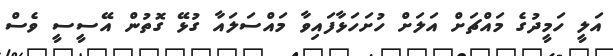
އަލީ ހަމީދުގެ މައްޗަށް އަލަށް ހުށަހަޅާފައިވާ މައްސަލައާ ގުޅޭ ގޮތުން އޭސީސީ ވެސް